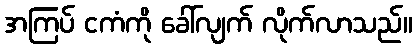
အကြပ် ငကံကို ခေါ်လျက် လိုက်လာသည်။